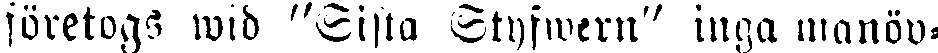
företogs wid "Sista Styfwern" inga manöv-